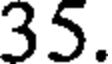
35.